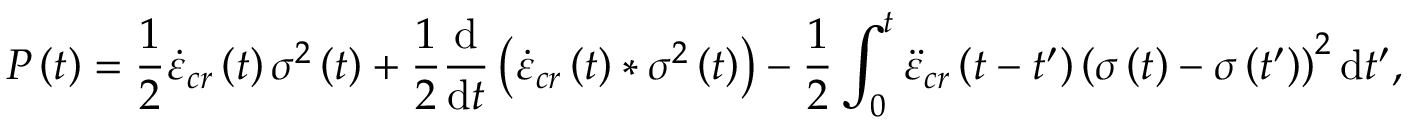
P \left( t \right) = \frac { 1 } { 2 } \dot { \varepsilon } _ { c r } \left( t \right) \sigma ^ { 2 } \left( t \right) + \frac { 1 } { 2 } \frac { \mathrm { d } } { \mathrm { d } t } \left( \dot { \varepsilon } _ { c r } \left( t \right) \ast \sigma ^ { 2 } \left( t \right) \right) - \frac { 1 } { 2 } \int _ { 0 } ^ { t } \ddot { \varepsilon } _ { c r } \left( t - t ^ { \prime } \right) \left( \sigma \left( t \right) - \sigma \left( t ^ { \prime } \right) \right) ^ { 2 } \mathrm { d } t ^ { \prime } ,